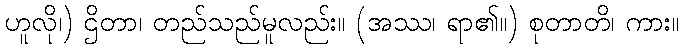
ဟူလို၊) ဌိတာ၊ တည်သည်မူလည်း။ (အဿ၊ ရာ၏။) စုတာတိ၊ ကား။